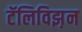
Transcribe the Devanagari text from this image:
टॅलिविझ़न